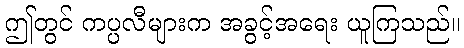
ဤတွင် ကပ္ပလီများက အခွင့်အရေး ယူကြသည်။